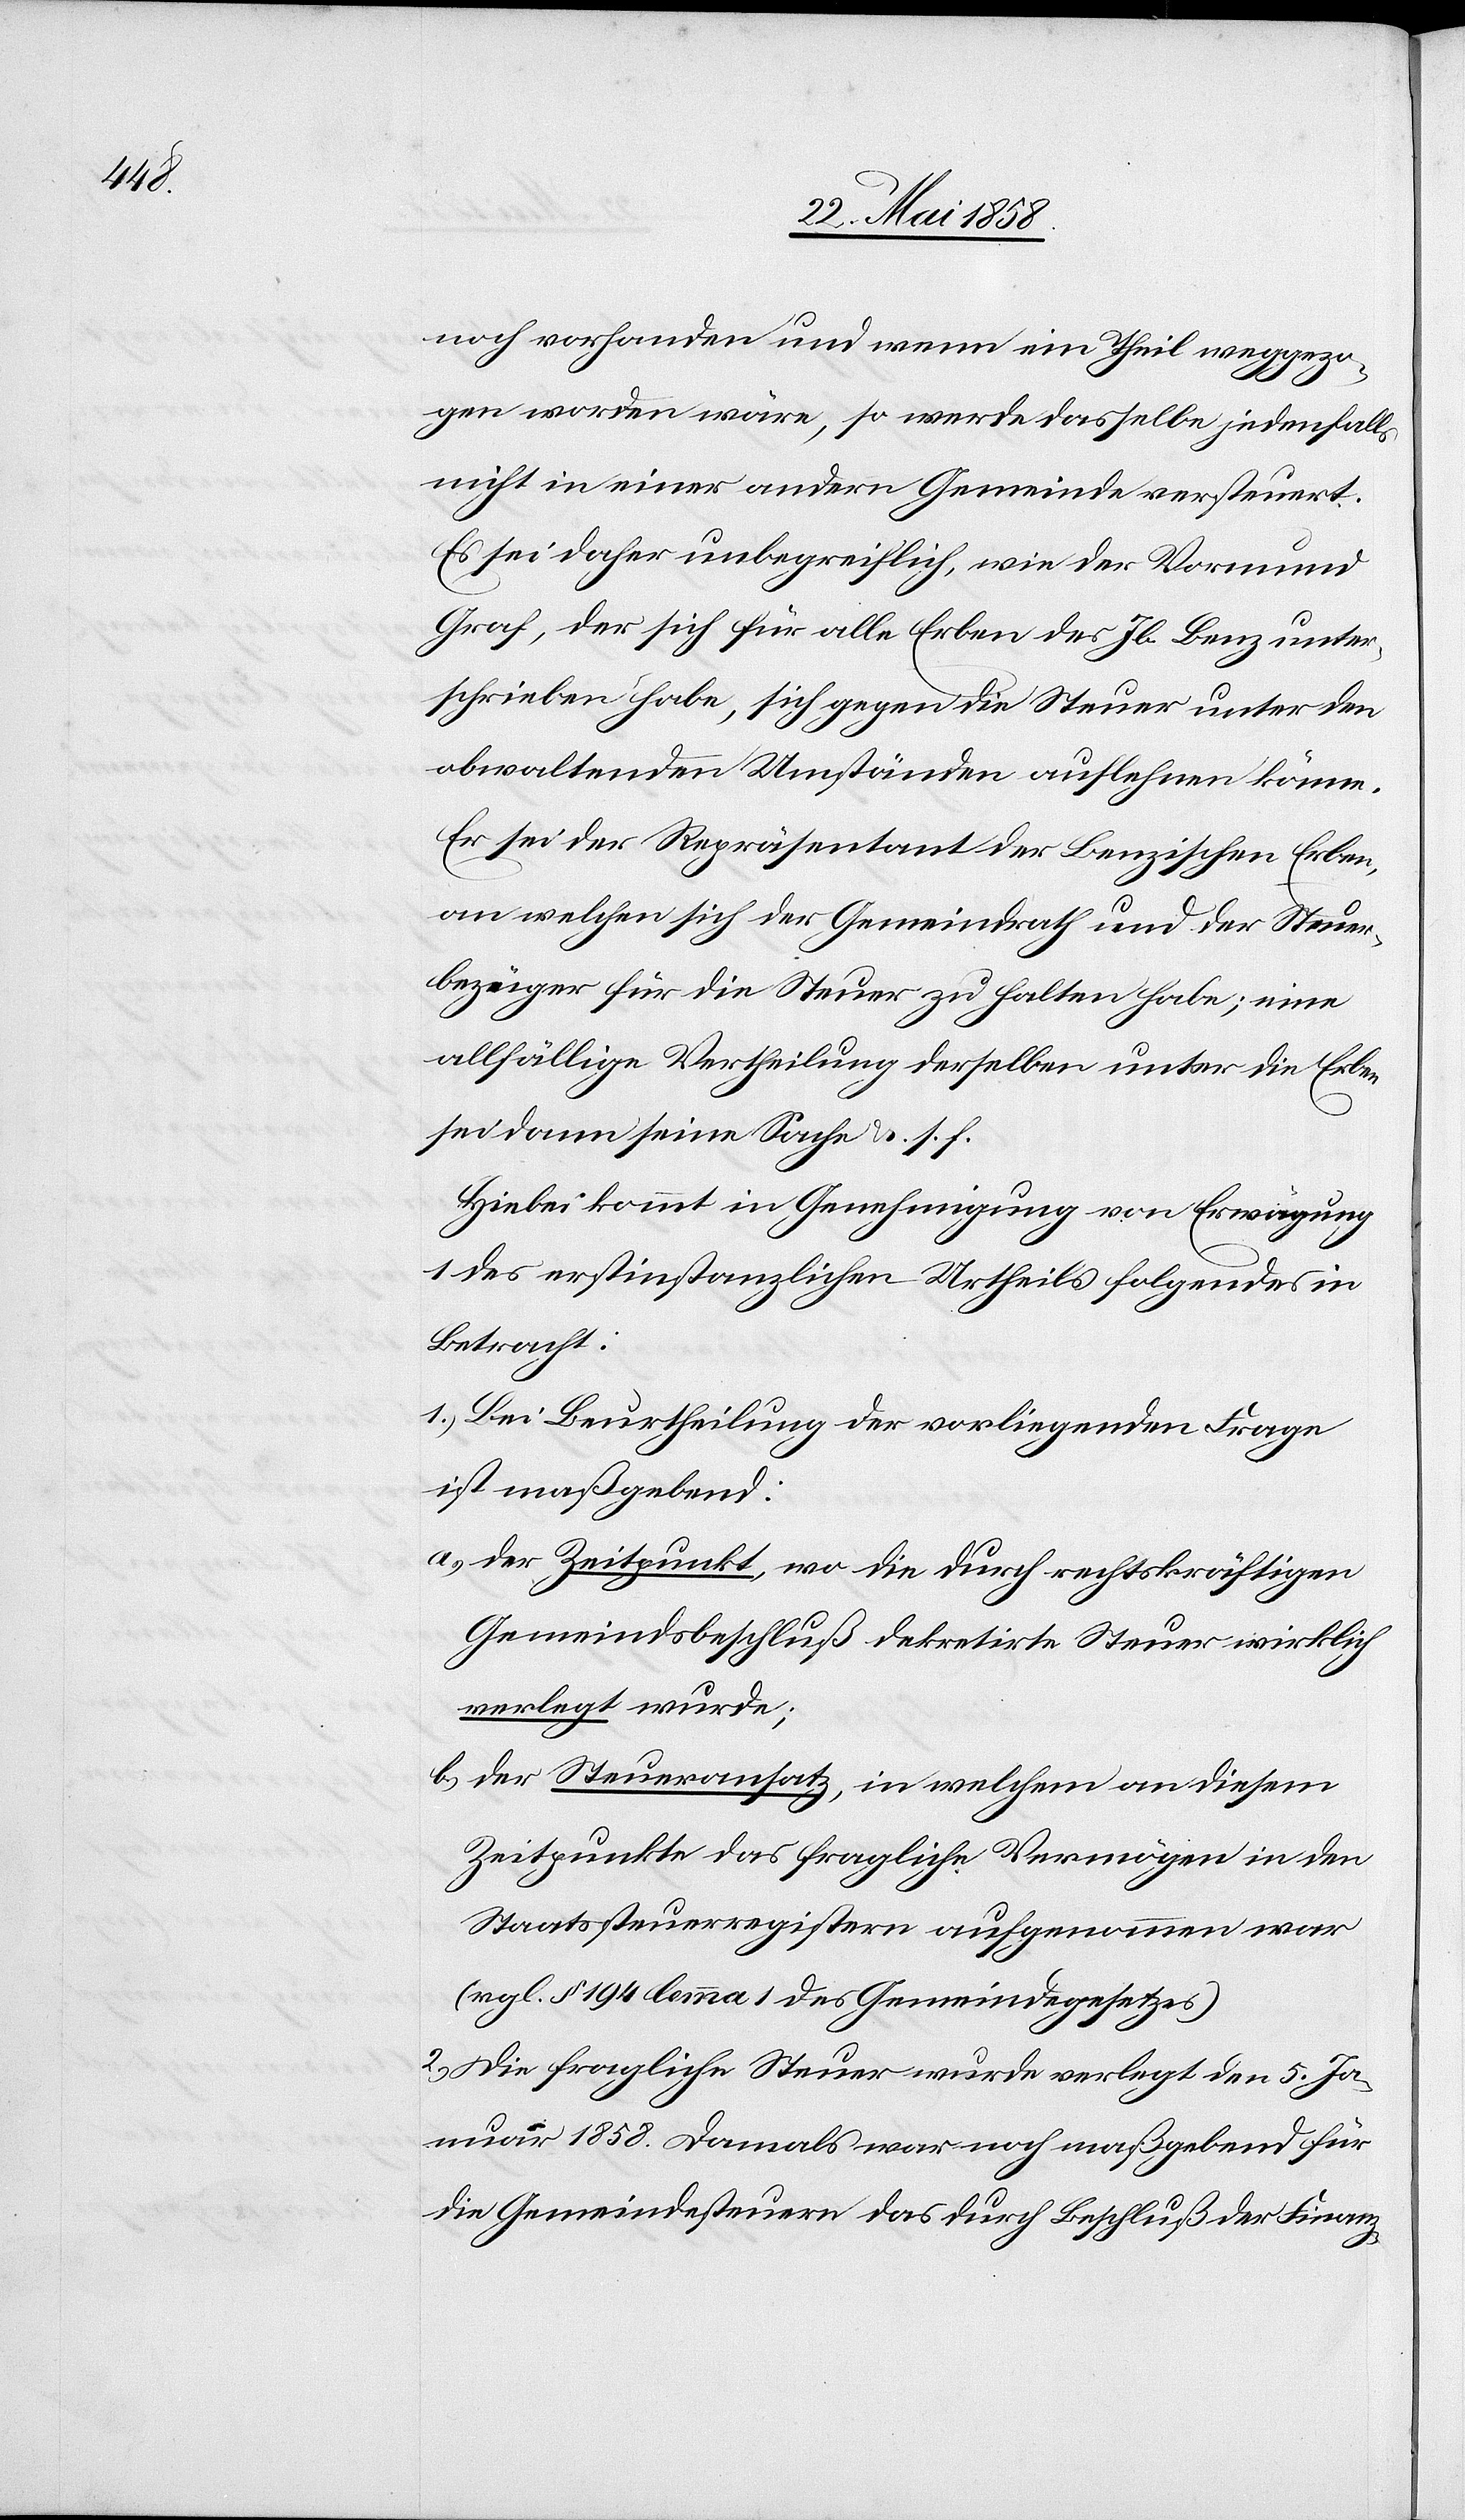
noch vorhanden und wenn ein Theil weggezo¬
gen worden wäre, so werde dasselbe jedenfalls
nicht in einer andern Gemeinde versteuert.
Es sei daher unbegreiflich, wie der Vormund
Graf, der sich für alle Erben des Jb. Benz unter¬
schrieben habe, sich gegen die Steuer unter den
obwaltenden Umständen auflehnen könne.
Es sei der Repräsentant der Benzischen Erben,
an welchen sich der Gemeindrath und der Steuer¬
bezüger für die Steuer zu halten habe; eine
allfällige Vertheilung derselben unter die Erben
sei dann seine Sache u. s. f.
Hiebei kommt in Genehmigung von Erwägung
1 des erstinstanzlichen Urtheils folgendes in
Betracht:
1. Bei Beurtheilung der vorliegenden Frage
ist maßgebend:
a) der Zeitpunkt, wo die durch rechtskräftigen
Gemeindsbeschluß dekretirte Steuer wirklich
verlegt wurde;
b) der Steueransatz, in welchem an diesem
Zeitpunkte das fragliche Vermögen in den
Staatssteuerregistern aufgenommen war
(vgl. §194 lemma 1 des Gemeindegesetzes)
2. Die fragliche Steuer wurde verlegt den 5. Ja¬
nuar 1858. Damals war noch maßgebend für
die Gemeindesteuern das durch Beschluß der Finanz-